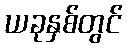
ယခုနှစ်တွင်